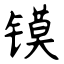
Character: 镆